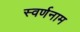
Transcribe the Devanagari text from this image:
स्वर्णनाम